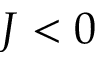
J < 0